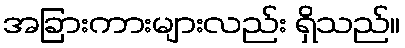
အခြားကားများလည်း ရှိသည်။